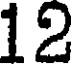
12